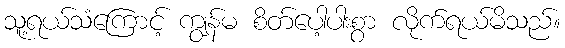
သူ့ရယ်သံကြောင့် ကျွန်မ စိတ်ပေါ့ပါးစွာ လိုက်ရယ်မိသည်။